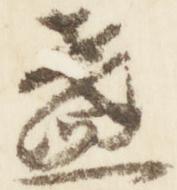
盞